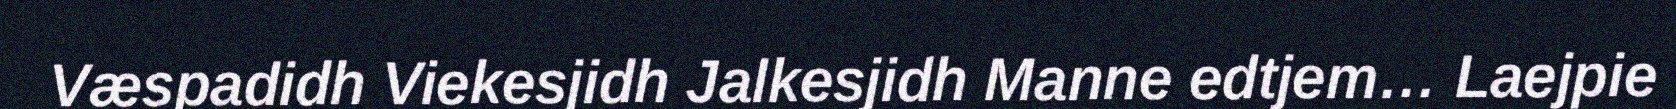
Væspadidh Viekesjidh Jalkesjidh Manne edtjem… Laejpie